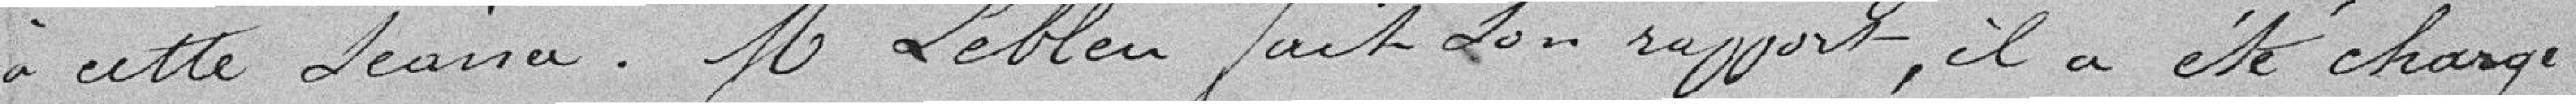
à cette séance. M.Lebleu fait son rapport, il a été chargé